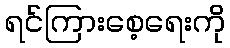
ရင်ကြားစေ့ရေးကို